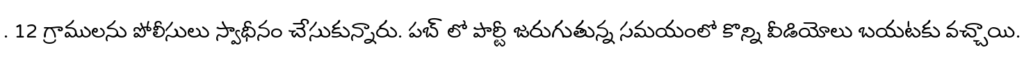
. 12 గ్రాములను పోలీసులు స్వాధీనం చేసుకున్నారు. పబ్ లో పార్టీ జరుగుతున్న సమయంలో కొన్ని వీడియోలు బయటకు వచ్చాయి.